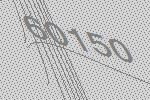
60150